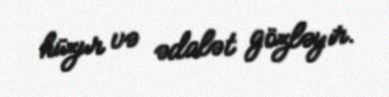
hüzur və ədalət gözləyir.